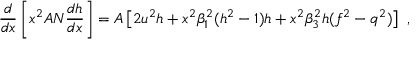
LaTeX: \frac d { d x } \left[ x ^ { 2 } A N \frac { d h } { d x } \right] = A \left[ 2 u ^ { 2 } h + x ^ { 2 } \beta _ { 1 } ^ { 2 } ( h ^ { 2 } - 1 ) h + { x ^ { 2 } \beta _ { 3 } ^ { 2 } } h ( f ^ { 2 } - q ^ { 2 } ) \right] \ ,